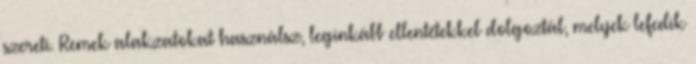
szereti. Remek alakzatokat használsz, leginkább ellentétekkel dolgoztál, melyek lefedik